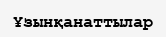
Ұзынқанаттылар